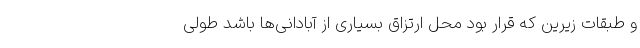
و طبقات زیرین که قرار بود محل ارتزاق بسیاری از آبادانی‌ها باشد طولی